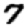
Digit: 7